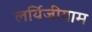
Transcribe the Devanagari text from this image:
लर्यिजीयाम